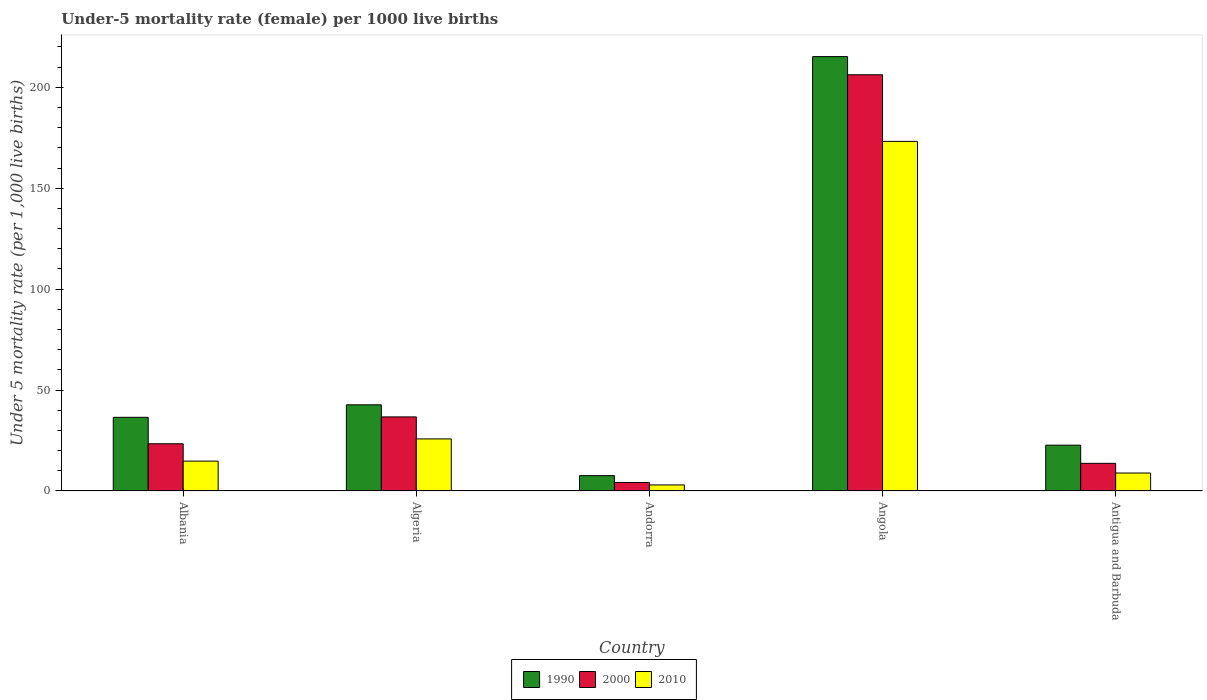
| Country | 1990 | 2000 | 2010 |
 | --- | --- | --- | --- |
 | Albania | 36.5 | 23.4 | 14.8 |
 | Algeria | 42.7 | 36.7 | 25.8 |
 | Andorra | 7.6 | 4.2 | 3 |
 | Angola | 215 | 206 | 173 |
 | Antigua and Barbuda | 22.7 | 13.7 | 8.9 |